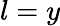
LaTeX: l=y